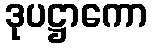
ဒုပဋ္ဌာကော